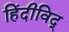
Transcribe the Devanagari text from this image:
हिंदीविद्‍